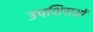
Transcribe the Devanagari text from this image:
उपशिराओं